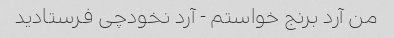
من آرد برنج خواستم - آرد نخودچی فرستادید